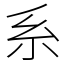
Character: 系